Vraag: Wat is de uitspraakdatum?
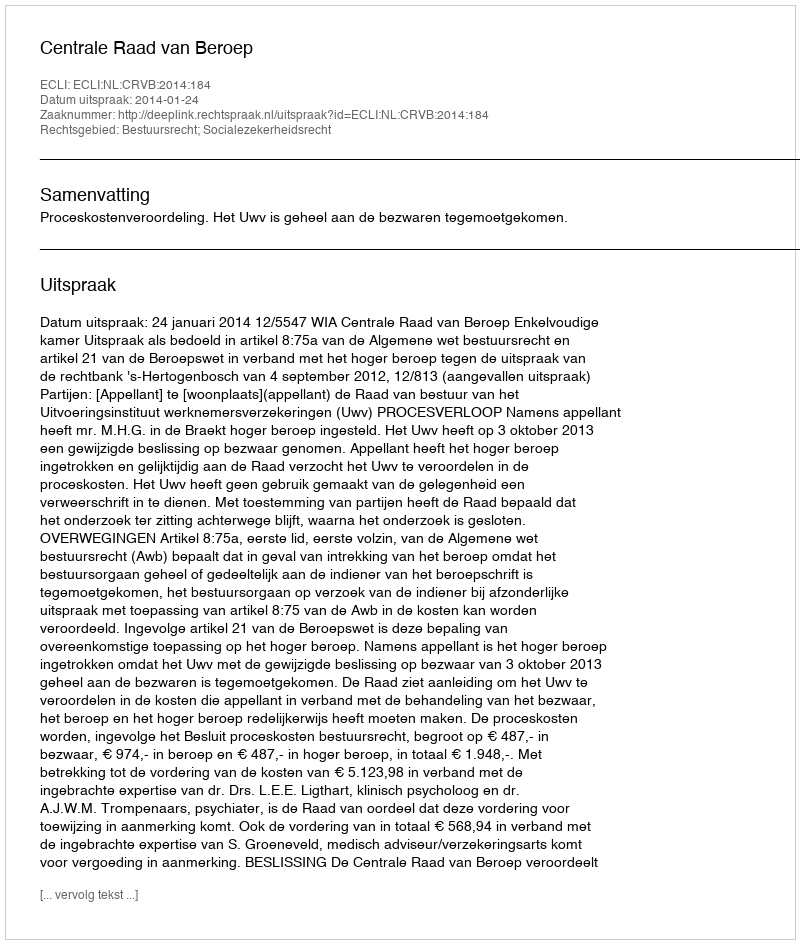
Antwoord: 2014-01-24